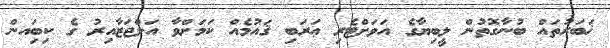
ޚަބަރުތައް ބުނާގޮތުން ލީބިޔާގެ އަވަށްޓެރި ޢަރަބި ޤައުމެއް ކަމަށްވާ އަލްޖަޒާއިރު ގެ ކިބަިއން